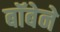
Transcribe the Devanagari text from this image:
बॉबेने